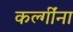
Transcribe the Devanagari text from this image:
कर्ल्गींना